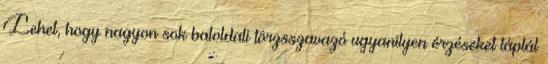
Lehet, hogy nagyon sok baloldali törzsszavazó ugyanilyen érzéseket táplál